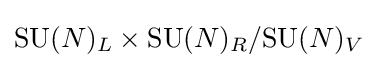
\textstyle {\text{SU}}(N)_{L}\times {\text{SU}}(N)_{R}/{\text{SU}}(N)_{V}